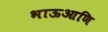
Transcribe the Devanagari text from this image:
भाऊआणि